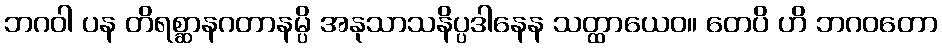
ဘဂဝါ ပန တိရစ္ဆာနဂတာနမ္ပိ အနုသာသနိပ္ပဒါနေန သတ္ထာယေဝ။ တေပိ ဟိ ဘဂဝတော